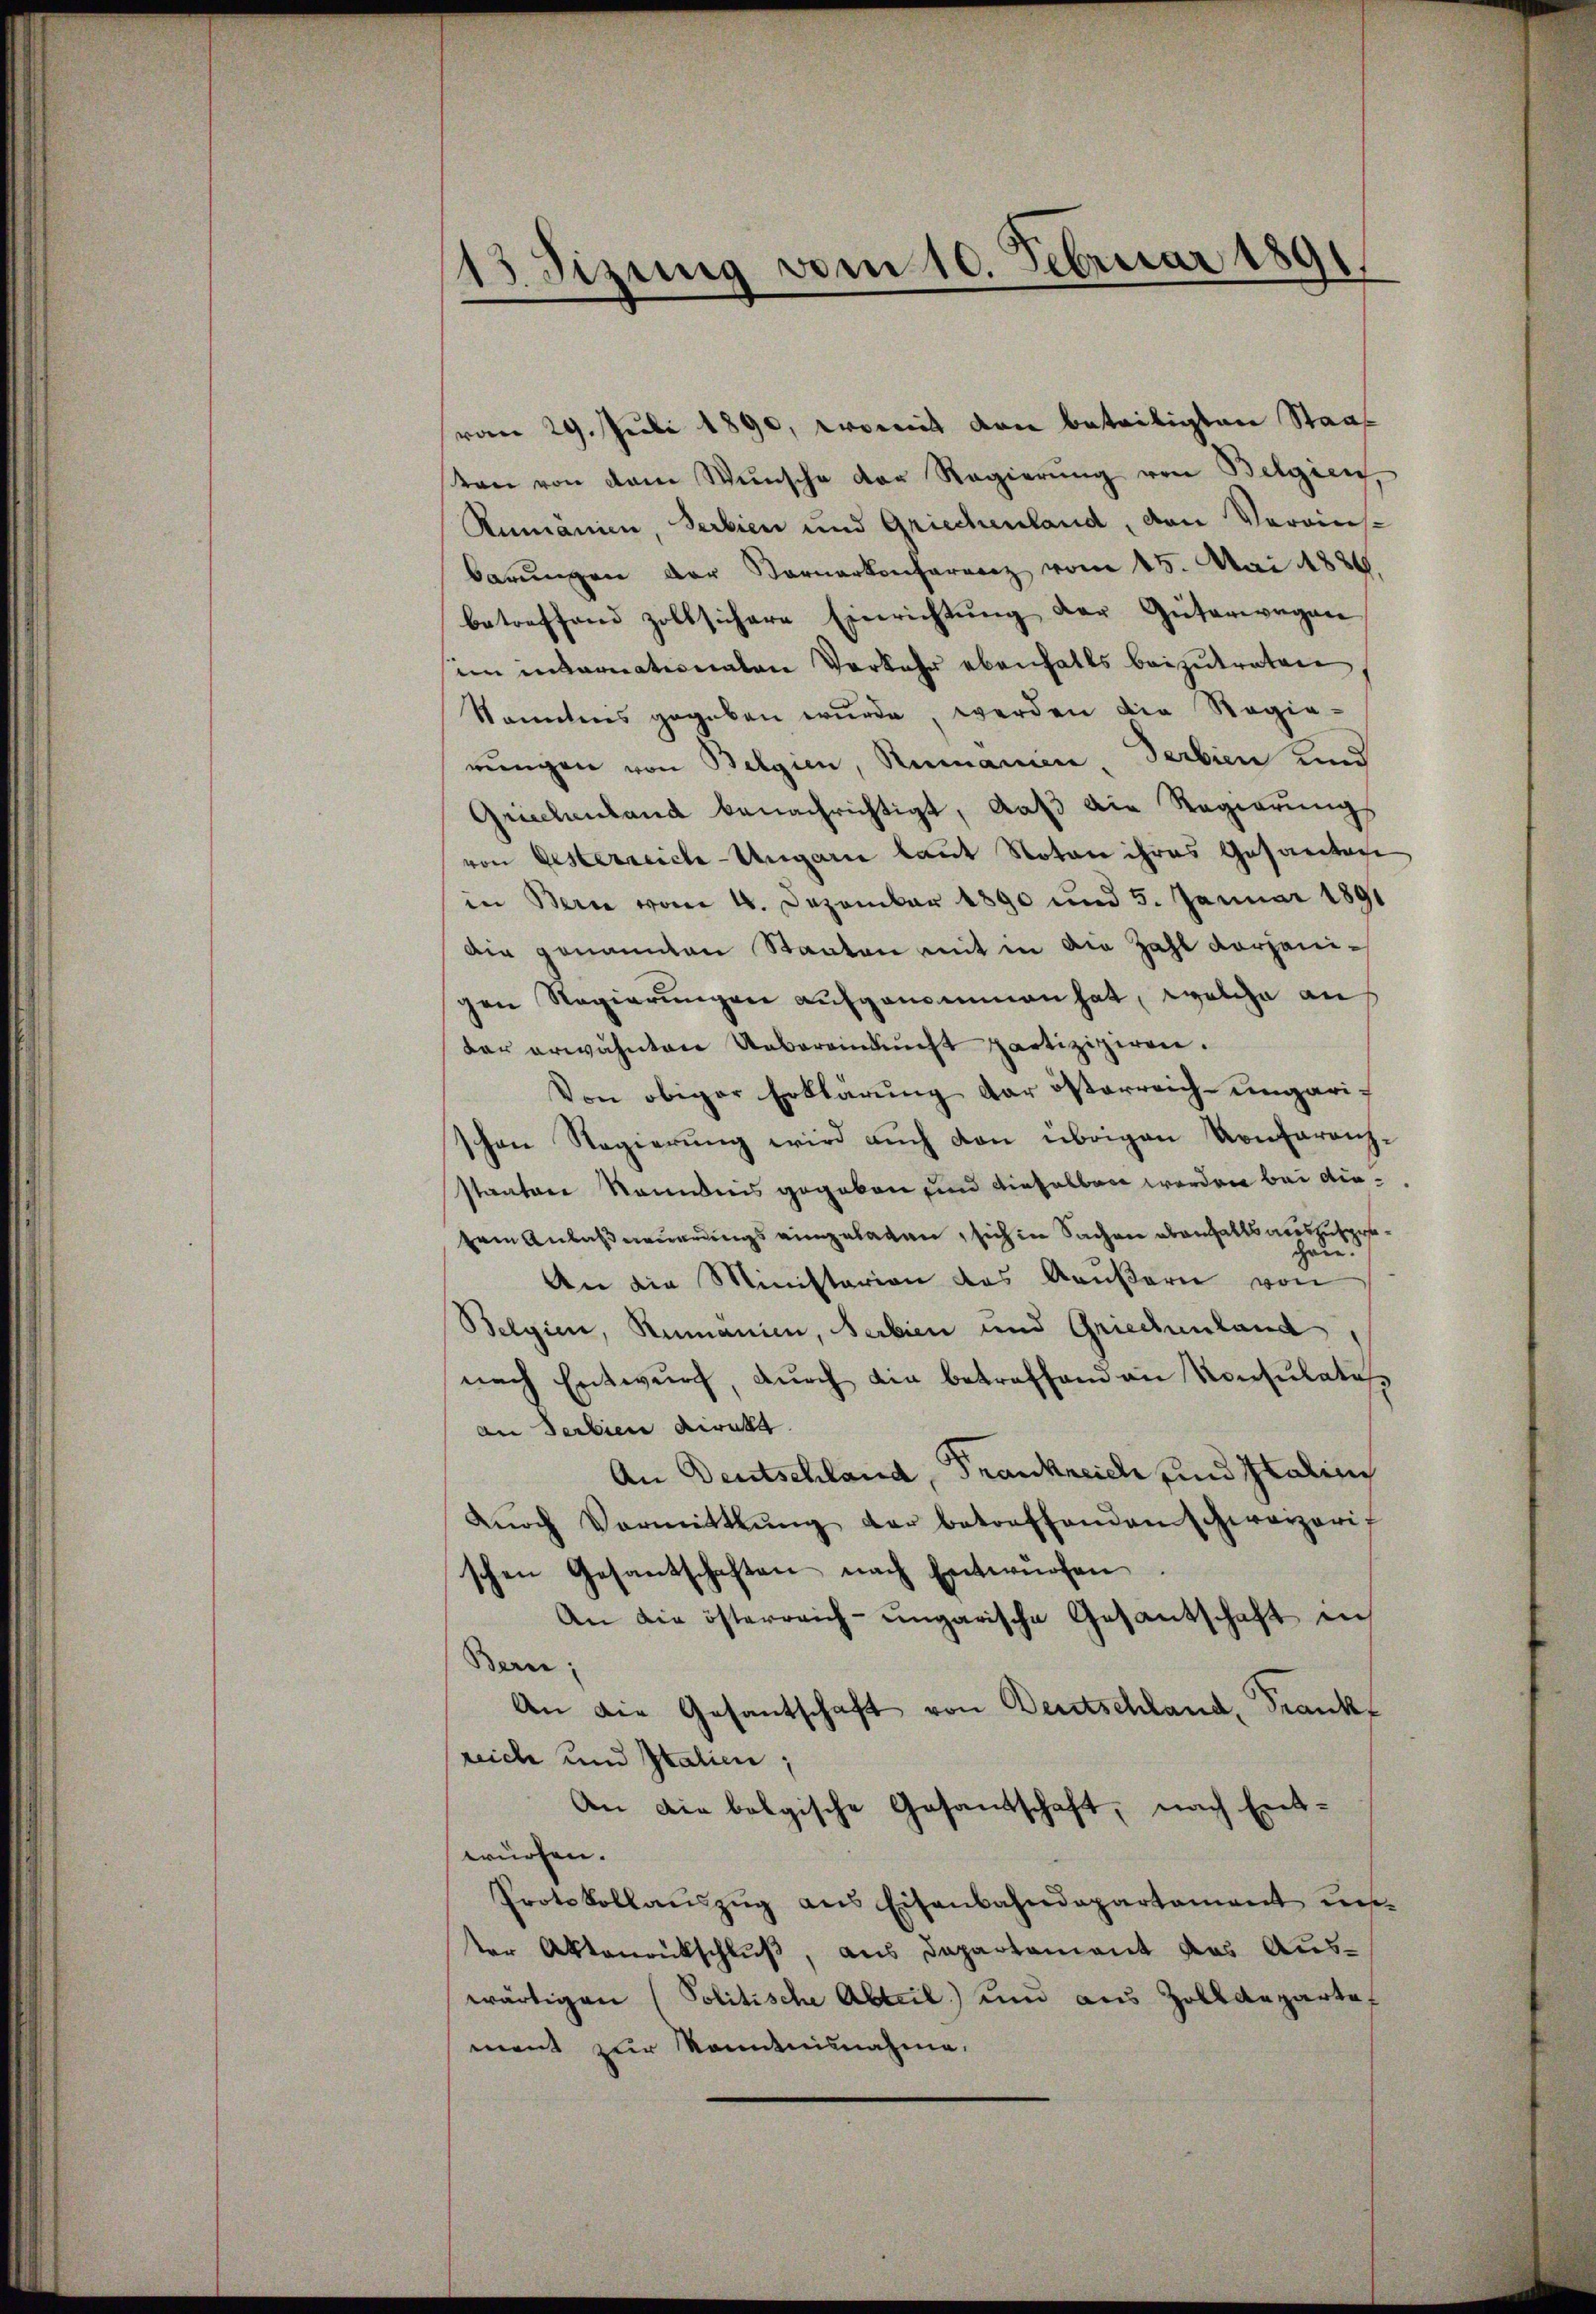
13 Sizung vom 10. Februar 1891

vom 29. Juli 1890, womit den beteiligten Staat
ten von dem Wunsche der Regierŭng von Belgien,
Rumänien, Serbien und Griechenland, den Verains-
barŭngen der Vornarkonferenz vom 15. Mai 1886.
betreffend zollsichere Einrichtŭng der Güterwegen
im internationalen Vorkehr ebenfalls beizutreten
Kenntnis gegeben wŭrde, werden die Regie-
rungen von Belgien, Rumanien Serbien und
Griechenland benachrichtigt, daß die Regierungs
von Oesterreiche-Ungarn laut Noten ihres Gesandten
in Bern vom 4. Dezember 1890 und 5. Januar 1891
Die genannten Staaten mit in die Zahl vorjanigen Regierungen aufgenommen hat, welche an
der erwähnten Uebereinkunft partiziziren.
Von obiger Erklärung der österreich-ungarischen Regierung wird auch von übrigen Konferenzstaaten kanntnis gegeben und dieselben werden bei diekeie Anlaß neuerungs eingelagen, sich in Sachen oberhaltsauszusprehaue.
An die Ministerion des Aaŭβern von
Belgien, Rumanien, Serbien und Griechenland
nach Entwurf, durch die betreffend an Konsulates
an Serbien direkt
An Deutschland, Frankreich und Italini
dŭrch Vormittlung der betreffenden schwarzerit
schen Gesantschaften nach Entwürfen.
An die österreich-ungarische Gesantschaft in
Bern;
An die Gesantschaft von Deutschland, Frank
reiche und Italien;
An die belgische Gesandschaft, nach Ent-
würfen.
Protokollauszug aus Eisenbahndepartament uns
ter Aktenrückschluß, aus Departament das Auswärtigen (Politische Abteil) und aus Zolldeparte
ment zur Kenntnisnahme.